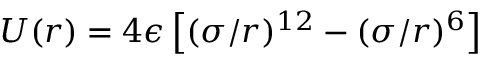
U ( r ) = 4 \epsilon \left[ ( \sigma / r ) ^ { 1 2 } - ( \sigma / r ) ^ { 6 } \right]